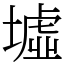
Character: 墟